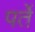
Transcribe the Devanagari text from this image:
पर्ते